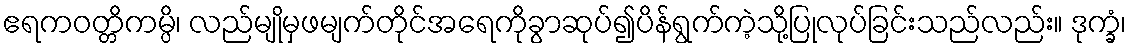
ဧရကဝတ္တိကမ္ပိ၊ လည်မျိုမှဖမျက်တိုင်အရေကိုခွာဆုပ်၍ပိန်ရွက်ကဲ့သို့ပြုလုပ်ခြင်းသည်လည်း။ ဒုက္ခံ၊